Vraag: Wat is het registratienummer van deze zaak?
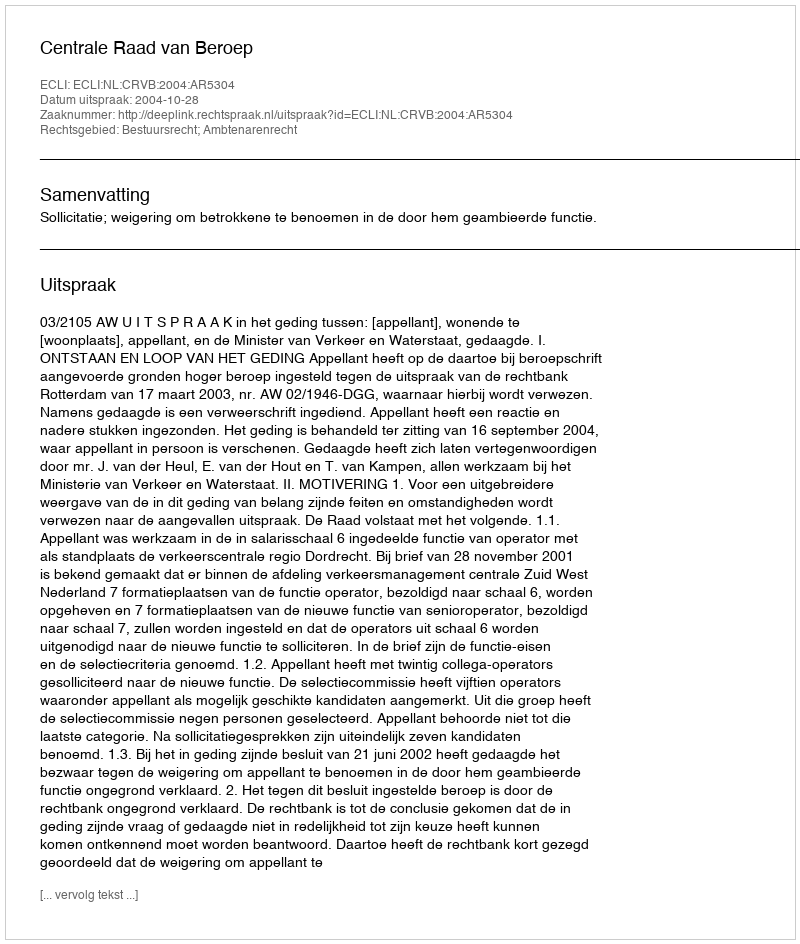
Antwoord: http://deeplink.rechtspraak.nl/uitspraak?id=ECLI:NL:CRVB:2004:AR5304